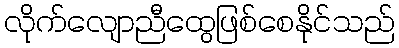
လိုက်လျောညီထွေဖြစ်စေနိုင်သည်